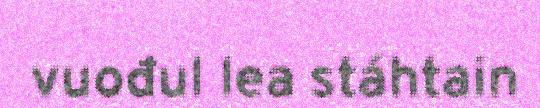
vuođul lea stáhtain